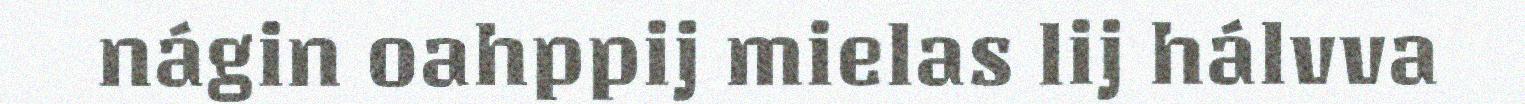
nágin oahppij mielas lij hálvva